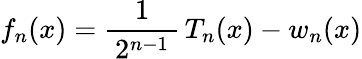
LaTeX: f_{n}(x)={\frac{1}{\, 2^{n-1}\, }}\, T_{n}(x)-w_{n}(x)